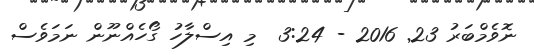
ނޮވެމްބަރު 23